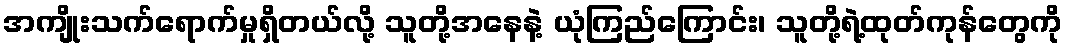
အကျိုးသက်ရောက်မှုရှိတယ်လို့ သူတို့အနေနဲ့ ယုံကြည်ကြောင်း၊ သူတို့ရဲ့ထုတ်ကုန်တွေကို